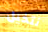
نتخيل